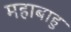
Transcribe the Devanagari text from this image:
महाबाहु